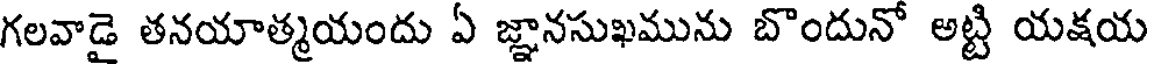
గలవాడై తనయాత్మయందు ఏ జ్ఞానసుఖమును బొందునో అట్టి యక్షయ